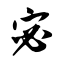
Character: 宓